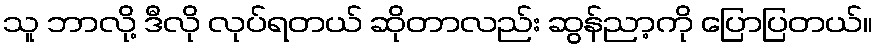
သူ ဘာလို့ ဒီလို လုပ်ရတယ် ဆိုတာလည်း ဆွန်ညာ့ကို ပြောပြတယ်။